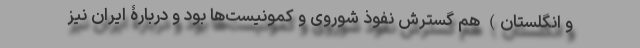
و انگلستان) هم گسترش نفوذ شوروی و کمونیست‌ها بود و دربارۀ ایران نیز